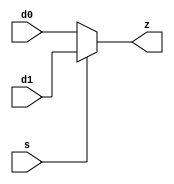
`timescale 1ns / 1ps
//////////////////////////////////////////////////////////////////////////////////
// Company: 
// Engineer: 
// 
// Design Name: 
// Module Name: mux_2_1
// Project Name: 
// Target Devices: 
// Tool Versions: 
// Description: 
// 
// Dependencies: 
// 
// Revision:
// Revision 0.01 - File Created
// Additional Comments:
// 
//////////////////////////////////////////////////////////////////////////////////


module mux_2_1(
s, d0, d1, z
    );
    input s, d0, d1;
output z;

assign z = s ? d1 : d0;
endmodule